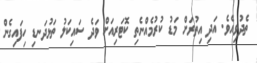
ތެދުވިއެވެ. އަދި އިތުރަށް މަޑު ކުރުމެއްނެތި ކޮޓަރިއަށް ވަދެ ސައިކަލު ތަޅުދަނޑި ހިފައިގެން